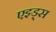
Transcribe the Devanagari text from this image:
एइड्स